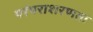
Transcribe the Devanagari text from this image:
परंपराशरणता